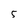
Character: 5